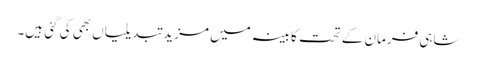
شاہی فرمان کے تحت کابینہ میں مزید تبدیلیاں بھی کی گئی ہیں۔